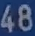
48